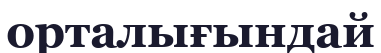
орталығындай